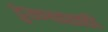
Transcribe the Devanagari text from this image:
डुंबण्यासाठी